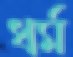
ধর্ম